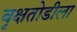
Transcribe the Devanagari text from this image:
वृक्षतोडीला